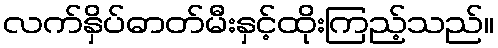
လက်နှိပ်ဓာတ်မီးနှင့်ထိုးကြည့်သည်။